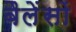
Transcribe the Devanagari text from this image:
बैलेंसों